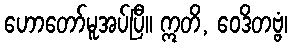
ဟောတော်မူအပ်ပြီ။ ဣတိ, ဝေဒိတဗ္ဗံ၊